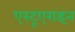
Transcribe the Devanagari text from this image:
एस्टूएराइन